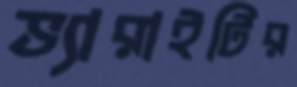
ভ্যারাইটির